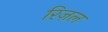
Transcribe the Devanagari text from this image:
रिज़ल